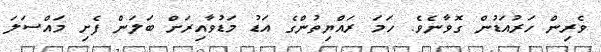
ވެރިން ހަރުއަޑުން ގޮވާނެވެ. ހަމަ ރައްޔިތުންގެ އަޑު މަޑުވާއިރަށް ބަލަން ފެށި މައްސަލަ